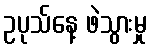
ဥပုသ်နေ့ ဖဲသွားမှု